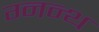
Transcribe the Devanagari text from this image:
ग्नन्थ